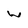
Character: w